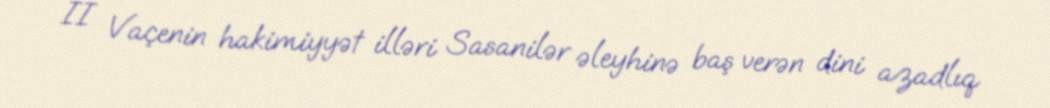
II Vaçenin hakimiyyət illəri Sasanilər əleyhinə baş verən dini azadlıq